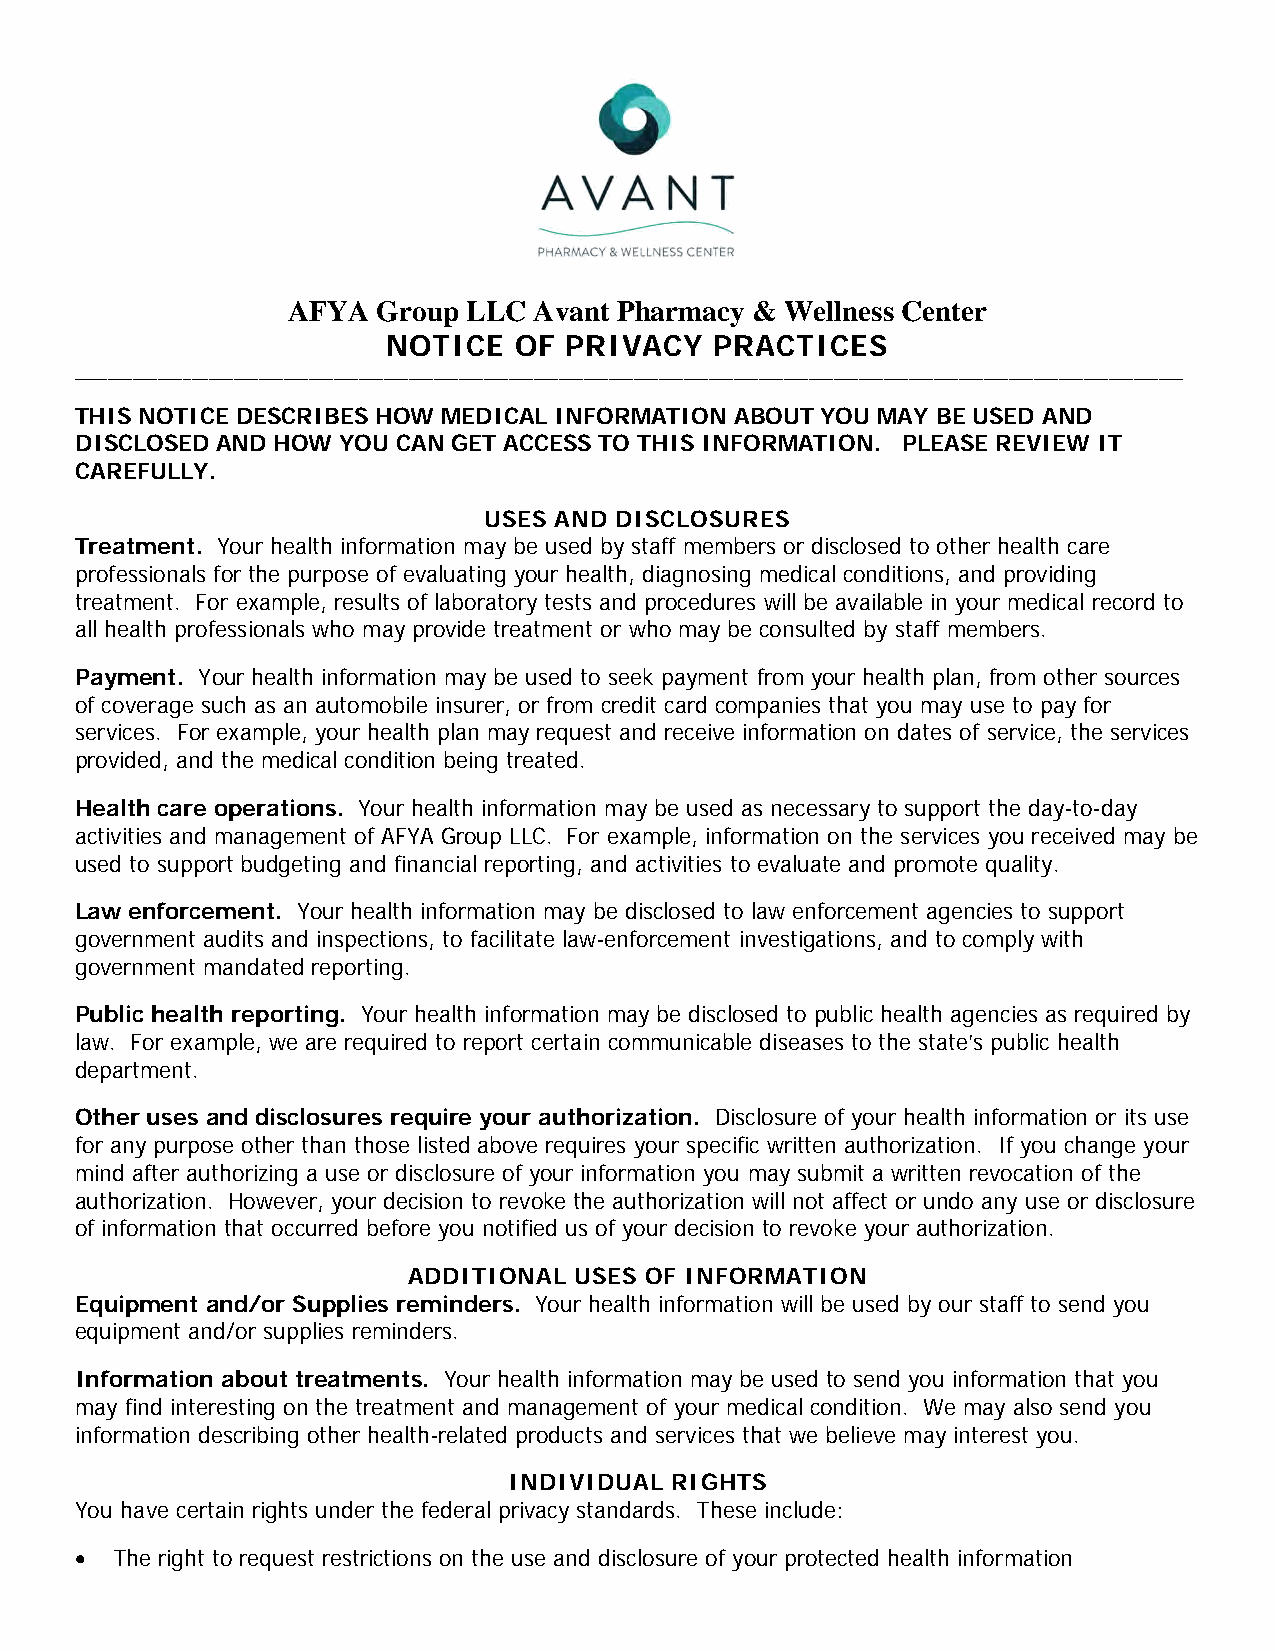
AFYA  Group LLC Avant Pharmacy & Wellness Center
 NOTICE  OF PRIVACY   PRACTICES
 _____________________________________________________________________________________________________________________________________
 THIS NOTICE DESCRIBES HOW MEDICAL INFORMATION ABOUT YOU MAY BE USED AND
 DISCLOSED AND HOW YOU CAN GET ACCESS TO THIS INFORMATION. PLEASE REVIEW IT
 CAREFULLY.
 USES AND DISCLOSURES
 Treatment. Your health information may be used by staff members or disclosed to other health care
 professionals for the purpose of evaluating your health, diagnosing medical conditions, and providing
 treatment. For example, results of laboratory tests and procedures will be available in your medical record to
 all health professionals who may provide treatment or who may be consulted by staff members.
 Payment. Your health information may be used to seek payment from your health plan, from other sources
 of coverage such as an automobile insurer, or from credit card companies that you may use to pay for
 services. For example, your health plan may request and receive information on dates of service, the services
 provided, and the medical condition being treated.
 Health care operations. Your health information may be used as necessary to support the day-to-day
 activities and management of AFYA Group LLC. For example, information on the services you received may be
 used to support budgeting and financial reporting, and activities to evaluate and promote quality.
 Law enforcement. Your health information may be disclosed to law enforcement agencies to support
 government audits and inspections, to facilitate law-enforcement investigations, and to comply with
 government mandated reporting.
 Public health reporting. Your health information may be disclosed to public health agencies as required by
 law. For example, we are required to report certain communicable diseases to the state’s public health
 department.
 Other uses and disclosures require your authorization. Disclosure of your health information or its use
 for any purpose other than those listed above requires your specific written authorization. If you change your
 mind after authorizing a use or disclosure of your information you may submit a written revocation of the
 authorization. However, your decision to revoke the authorization will not affect or undo any use or disclosure
 of information that occurred before you notified us of your decision to revoke your authorization.
 ADDITIONAL USES OF INFORMATION
 Equipment and/or Supplies reminders. Your health information will be used by our staff to send you
 equipment and/or supplies reminders.
 Information about treatments. Your health information may be used to send you information that you
 may find interesting on the treatment and management of your medical condition. We may also send you
 information describing other health-related products and services that we believe may interest you.
 INDIVIDUAL RIGHTS
 You have certain rights under the federal privacy standards. These include:
 • The right to request restrictions on the use and disclosure of your protected health information